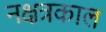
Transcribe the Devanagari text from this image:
नक्षत्रकाल